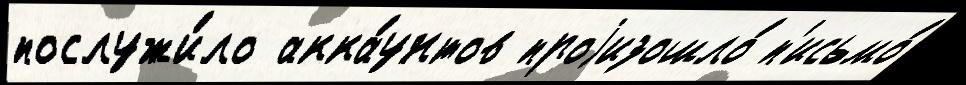
послужи́ло акка́унтов проjизошло́ п'исьмо́